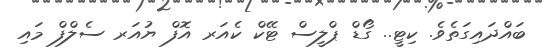
ބައްދައިގަތެވެ. ކިޓީ.. ގޯޑް ޕްލީސް ޓޭކް ކެއަރ އޮފް ޔުއަރ ސެލްފް މައި